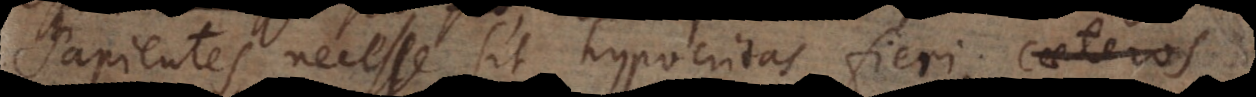
apientes necesse sit hypocritas fieri,